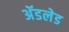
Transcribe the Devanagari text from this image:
अॅडलेड